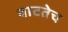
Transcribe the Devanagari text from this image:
वाटतेच